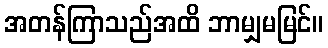
အတန်ကြာသည်အထိ ဘာမျှမမြင်။